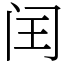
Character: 闰